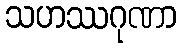
သဟဿဂုဏာ